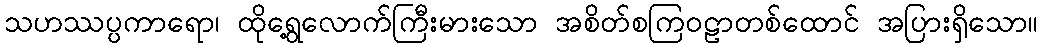
သဟဿပ္ပကာရော၊ ထိုရွေ့လောက်ကြီးမားသော အစိတ်စကြဝဠာတစ်ထောင် အပြားရှိသော။